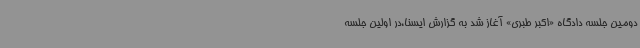
دومین جلسه دادگاه «اکبر طبری» آغاز شد به گزارش ایسنا،در اولین جلسه